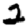
Digit: 2